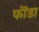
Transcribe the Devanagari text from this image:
फॊंडा